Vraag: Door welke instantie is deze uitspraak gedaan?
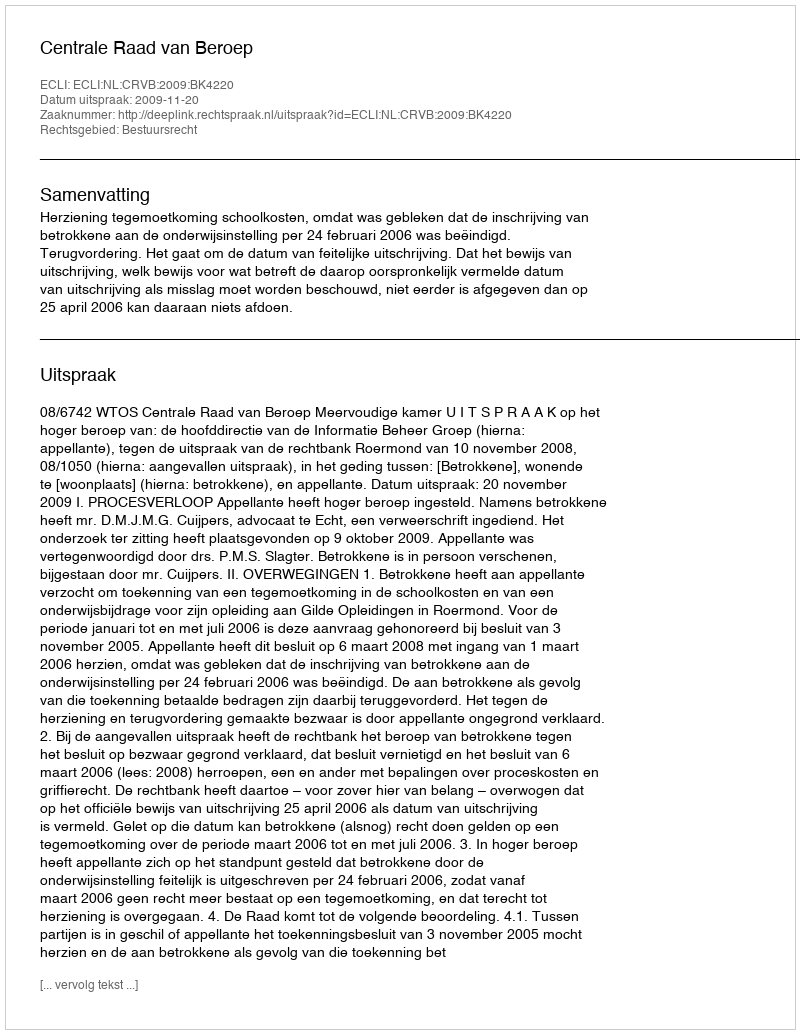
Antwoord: Centrale Raad van Beroep